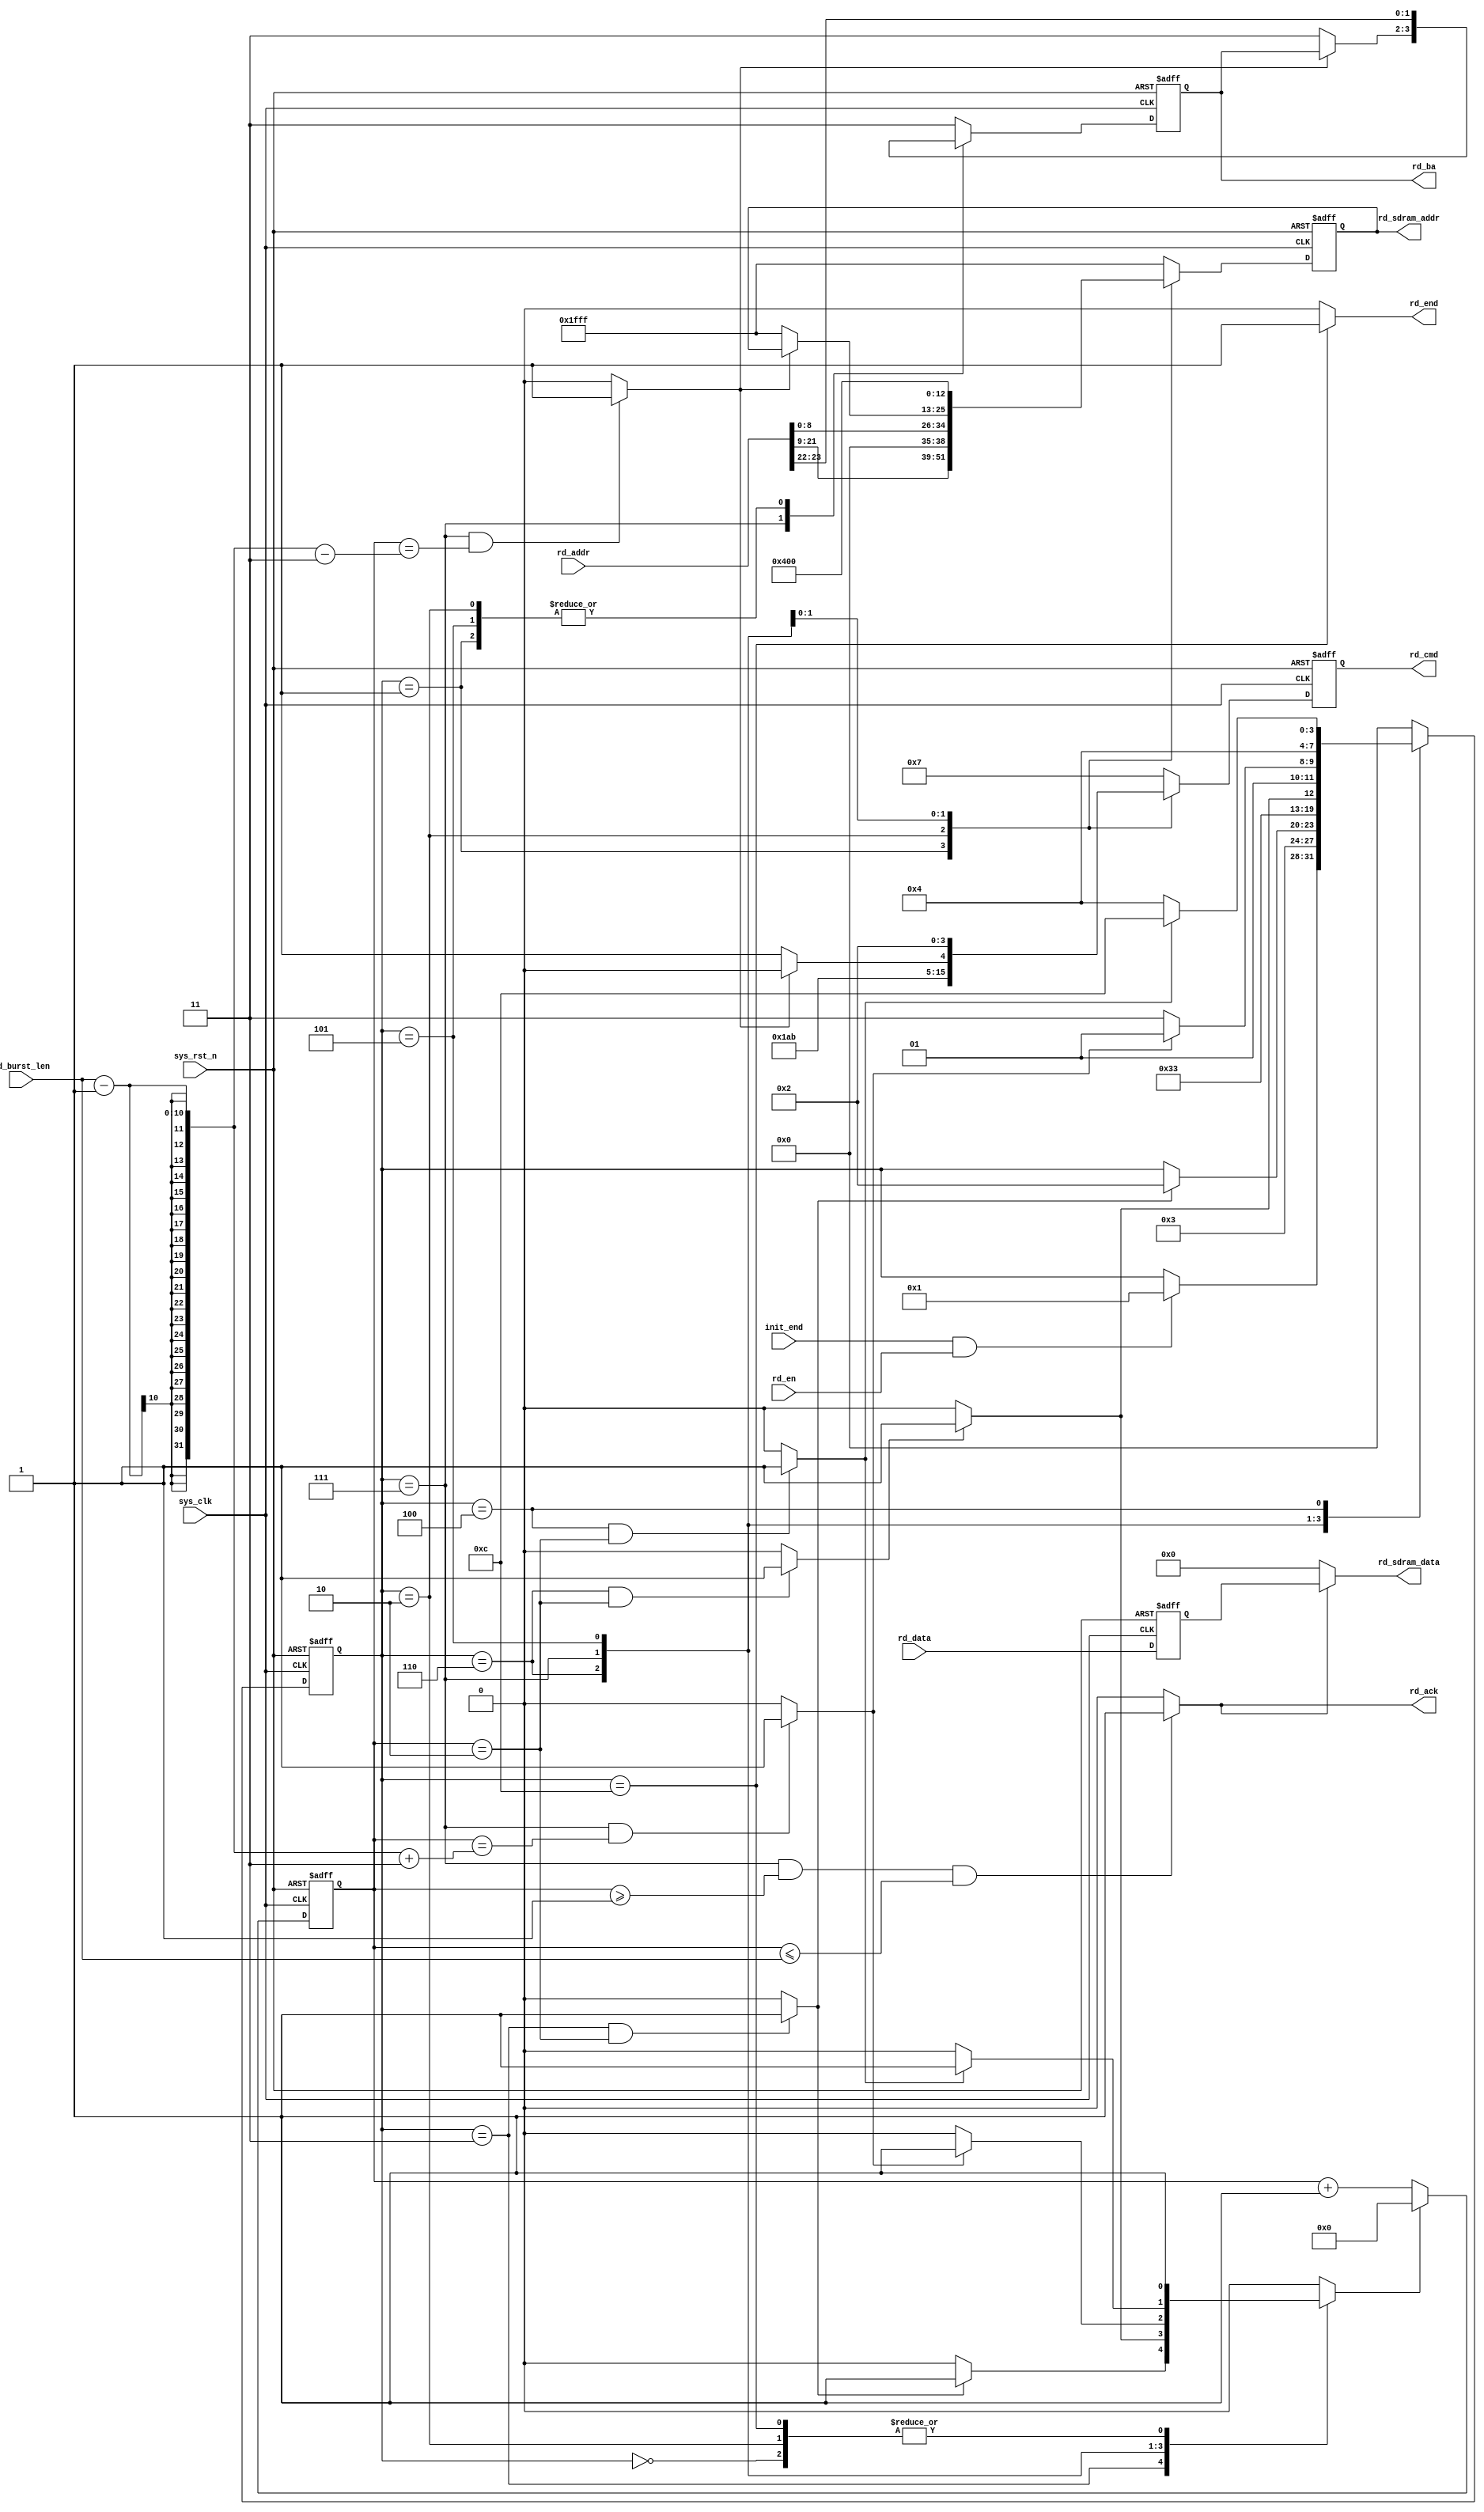
module  sdram_read
(
    input   wire            sys_clk     ,
    input   wire            sys_rst_n   ,
    input   wire            init_end    ,
    input   wire    [23:0]  rd_addr     ,
    input   wire    [15:0]  rd_data     ,
    input   wire    [9:0]   rd_burst_len,
    input   wire            rd_en       ,

    output  reg     [3:0]   rd_cmd      ,
    output  reg     [1:0]   rd_ba       ,
    output  reg     [12:0]  rd_sdram_addr,
    output  wire            rd_end      ,
    output  wire    [15:0]  rd_sdram_data,
    output  wire            rd_ack
);

parameter   RD_IDLE     =   4'b0000,
            RD_ACTIVE   =   4'b0001,
            RD_TRCD     =   4'b0011,
            READ        =   4'b0010,
            RD_CL       =   4'b0110,
            RD_DATA     =   4'b0111,
            RD_PCH      =   4'b0101,
            RD_TRP      =   4'b0100,
            RD_END      =   4'b1100;

parameter   TRCD     =  'd2,
            TRP      =  'd2,
            TCL      =  'd3;

parameter   NOP         =   4'b0111,
            ACTIVE      =   4'b0011,
            RD_CMD      =   4'b0101,
            B_STOP      =   4'b0110,
            P_CHARGE    =   4'b0010;


wire            trcd_end    ;
wire            tcl_end     ;
wire            trd_end     ;
wire            trp_end     ;
wire            rd_b_end    ;

reg     [15:0]  rd_data_reg ;
reg     [3:0]   rd_state    ;
reg     [9:0]   cnt_clk     ;
reg             cnt_clk_rst ;

always@(posedge sys_clk or negedge sys_rst_n)
    if(sys_rst_n == 1'b0)
        rd_data_reg <=  16'd0;
    else
        rd_data_reg <=  rd_data;

always@(posedge sys_clk or negedge sys_rst_n)
    if(sys_rst_n == 1'b0)
        rd_state    <=  RD_IDLE;
    else
        case(rd_state)
            RD_IDLE  :
                if((init_end == 1'b1) && (rd_en == 1'b1))
                    rd_state    <=  RD_ACTIVE;
                else
                    rd_state    <=  rd_state;
            RD_ACTIVE:
                rd_state    <=  RD_TRCD;
            RD_TRCD  :
                if(trcd_end == 1'b1)
                    rd_state    <=  READ;
                else
                    rd_state    <=  rd_state;
            READ    :
                rd_state    <=  RD_CL;
            RD_CL:
                rd_state <= (tcl_end == 1'b1) ? RD_DATA : RD_CL;
            RD_DATA  :
                rd_state <= (trd_end == 1'b1) ? RD_PCH : RD_DATA;
            RD_PCH   :
                rd_state    <=  RD_TRP;
            RD_TRP   :
                rd_state <= (trp_end == 1'b1) ? RD_END : RD_TRP;
            RD_END   :
                rd_state    <=  RD_IDLE;
            default:
                rd_state    <=  RD_IDLE;
        endcase

always@(posedge sys_clk or negedge sys_rst_n)
    if(sys_rst_n == 1'b0)
        cnt_clk <=  10'd0;
    else    if(cnt_clk_rst == 1'b1)
        cnt_clk <=  10'd0;
    else
        cnt_clk <=  cnt_clk + 1'b1;

always@(*)
    begin
        case(rd_state)
            RD_IDLE :   cnt_clk_rst <=  1'b1;
            RD_TRCD :   cnt_clk_rst <=  (trcd_end == 1'b1) ? 1'b1 : 1'b0;
            READ    :   cnt_clk_rst <=  1'b1;
            RD_CL   :   cnt_clk_rst <=  (tcl_end == 1'b1) ? 1'b1 : 1'b0;
            RD_DATA :   cnt_clk_rst <=  (trd_end == 1'b1) ? 1'b1 : 1'b0;
            RD_PCH  :   cnt_clk_rst <=  (trp_end == 1'b1) ? 1'b1 : 1'b0;
            RD_END  :   cnt_clk_rst <=  1'b1;
            default:cnt_clk_rst <=  1'b0;
        endcase
    end

assign  trcd_end = ((rd_state == RD_TRCD) && (cnt_clk == TRCD)) ? 1'b1 : 1'b0;
assign  tcl_end  = ((rd_state == RD_CL) && (cnt_clk == TCL - 1'b1)) ? 1'b1 : 1'b0;
assign  trd_end  = ((rd_state == RD_DATA) && (cnt_clk == (rd_burst_len - 1'b1 + TCL))) ? 1'b1 : 1'b0;
assign  trp_end  = ((rd_state == RD_TRP ) && (cnt_clk == TRP )) ? 1'b1 : 1'b0;
assign  rd_b_end = ((rd_state == RD_DATA ) && (cnt_clk == (rd_burst_len - 1'b1 - TCL) )) ? 1'b1 : 1'b0;

assign  rd_ack   = ((rd_state == RD_DATA ) && (cnt_clk >= 10'd1) && (cnt_clk <= rd_burst_len)) ? 1'b1 : 1'b0;

assign  rd_end   = (rd_state == RD_END ) ? 1'b1 : 1'b0;

always@(posedge sys_clk or negedge sys_rst_n)
    if(sys_rst_n == 1'b0)
        begin
            rd_cmd          <=  NOP;
            rd_ba           <=  2'b11;
            rd_sdram_addr   <=  13'h1fff;
        end
    else
        case(rd_state)
            RD_IDLE,RD_TRCD,RD_TRP:
                begin
                    rd_cmd          <=  NOP;
                    rd_ba           <=  2'b11;
                    rd_sdram_addr   <=  13'h1fff;
                end
            RD_ACTIVE:
                begin
                    rd_cmd          <=  ACTIVE;
                    rd_ba           <=  rd_addr[23:22];
                    rd_sdram_addr   <=  rd_addr[21:9];
                end
            READ:
                begin
                    rd_cmd          <=  RD_CMD;
                    rd_ba           <=  rd_addr[23:22];
                    rd_sdram_addr   <=  {4'b0000,rd_addr[8:0]};
                end
            RD_DATA:
                if(rd_b_end == 1'b1)
                    rd_cmd          <=  B_STOP;
                else
                    begin
                        rd_cmd          <=  NOP;
                        rd_ba           <=  2'b11;
                        rd_sdram_addr   <=  13'h1fff;
                    end
            RD_PCH:
                begin
                    rd_cmd          <=  P_CHARGE;
                    rd_ba           <=  rd_addr[23:22];
                    rd_sdram_addr   <=  13'h0400;
                end
            RD_END:
                begin
                    rd_cmd          <=  NOP;
                    rd_ba           <=  2'b11;
                    rd_sdram_addr   <=  13'h1fff;
                end
            default:
                begin
                    rd_cmd          <=  NOP;
                    rd_ba           <=  2'b11;
                    rd_sdram_addr   <=  13'h1fff;
                end
        endcase

assign  rd_sdram_data  = (rd_ack == 1'b1) ? rd_data_reg : 16'd0;

endmodule